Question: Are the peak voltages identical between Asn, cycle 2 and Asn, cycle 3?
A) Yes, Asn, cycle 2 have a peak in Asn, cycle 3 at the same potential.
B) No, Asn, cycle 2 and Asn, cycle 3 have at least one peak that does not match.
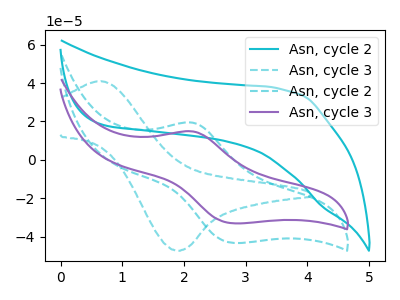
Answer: <think>The cyan curve "Asn, cycle 2" has no peaks. The cyan dashed curve "Asn, cycle 3" has an anodic peak at (0.70V, 40.80uA) and a cathodic peak at (1.90V, -47.35uA). The cyan dashed curve "Asn, cycle 2" has an anodic peak at (2.15V, 19.45uA) and a cathodic peak at (2.80V, -43.30uA). The purple curve "Asn, cycle 3" has an anodic peak at (2.15V, 14.85uA) and a cathodic peak at (2.80V, -33.10uA).</think>
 <answer>A) Yes, "Asn, cycle 2" have a peak in "Asn, cycle 3" at the same potential.</answer>
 <eval>A</eval>